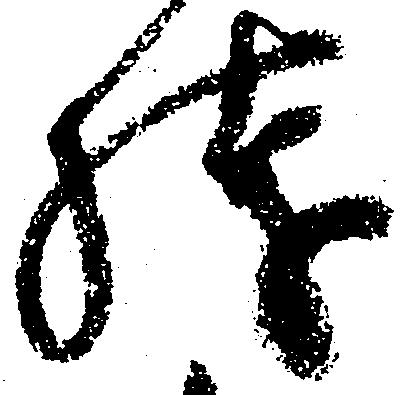
残